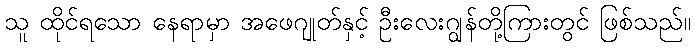
သူ ထိုင်ရသော နေရာမှာ အဖေဂျုတ်နှင့် ဦးလေးဂျွန်တို့ကြားတွင် ဖြစ်သည်။